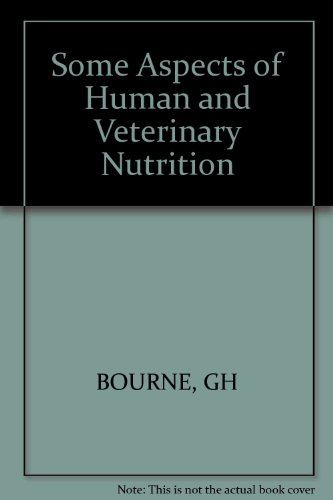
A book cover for Some Aspects of Human and Veterinary Nutrition (World Review of Nutrition and Dietetics, Vol. 28); Medical Books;